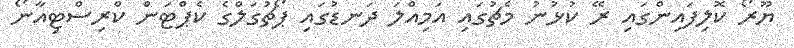
ޔޫރޯ ކޮލިފައިންގައި ރޭ ކުޅުނު މެޗުގައި އަމިއްލަ ދަނޑުގައި ޕޯޗުގަލްގެ ކެޕްޓަން ކްރިސްޓިއާނޯ